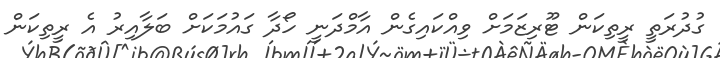
ގުދުރަތީ ރީތިކަން ޓޫރިޒަމަށް ވިއްކައިގެން އާމްދަނީ ހޯދާ ގައުމަކަށް ބަލާއިރު އެ ރީތިކަން